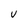
Character: v